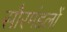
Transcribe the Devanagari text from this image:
सौरमंडलों